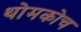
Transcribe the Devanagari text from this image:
थोमकोच